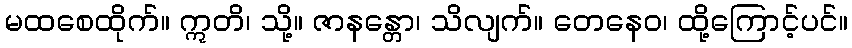
မထစေထိုက်။ ဣတိ၊ သို့။ ဇာနန္တော၊ သိလျက်။ တေနေဝ၊ ထို့ကြောင့်ပင်။